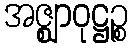
အဇ္ဈာဝုဋ္ဌဉ္စ